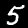
Digit: 5